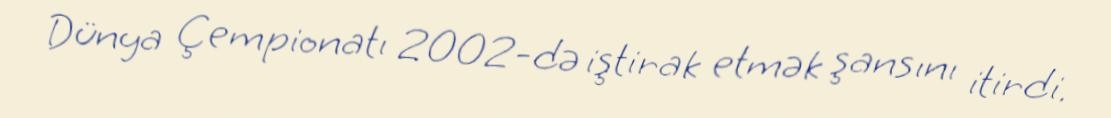
Dünya Çempionatı 2002-də iştirak etmək şansını itirdi.